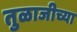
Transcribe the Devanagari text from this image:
तुळाजीच्या